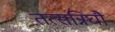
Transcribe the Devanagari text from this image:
तत्सन्निघौ